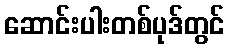
ဆောင်းပါးတစ်ပုဒ်တွင်